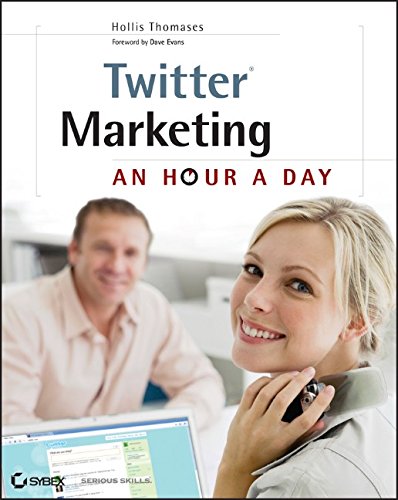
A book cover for Twitter Marketing: An Hour a Day; Hollis Thomases; Computers & Technology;